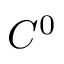
C ^ { 0 }